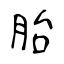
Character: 胎